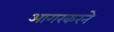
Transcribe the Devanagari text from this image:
आगरकरने